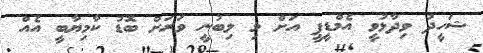
ޝަހީދު ވިދާޅުވީ އެމްޑީޕީ އަށް މި ލިބުނީ ވަރަށް ބޮޑު ކާމިޔާބީ އެއް